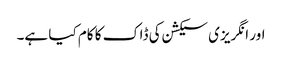
اور انگریزی سیکشن کی ڈاک کا کام کیا ہے۔